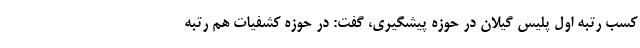
کسب رتبه اول پلیس گیلان در حوزه پیشگیری، گفت: در حوزه کشفیات هم رتبه